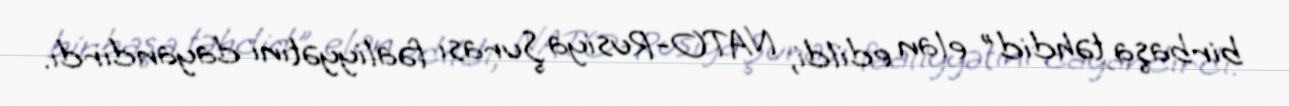
birbaşa təhdid" elan edildi, NATO-Rusiya Şurası fəaliyyətini dayandırdı.